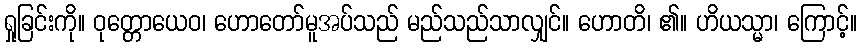
ရှုခြင်းကို။ ဝုတ္တောယေဝ၊ ဟောတော်မူအပ်သည် မည်သည်သာလျှင်။ ဟောတိ၊ ၏။ ဟိယသ္မာ၊ ကြောင့်။